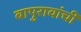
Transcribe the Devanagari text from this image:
बापुरावांची